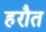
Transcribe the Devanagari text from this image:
हरौत